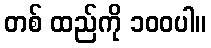
တစ် ထည်ကို ၁၀၀ပါ။